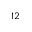
^ { 1 2 }